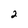
Character: 2